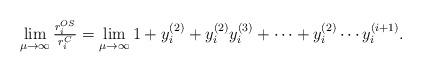
LaTeX: \begin{align*}\lim_{\mu\rightarrow\infty}\tfrac{r_i^{OS}}{r_i^C}=\lim_{\mu\rightarrow\infty} 1+y_i^{(2)}+y_i^{(2)}y_i^{(3)}+\cdots+y_i^{(2)}\cdots y_i^{(i+1)}.\end{align*}